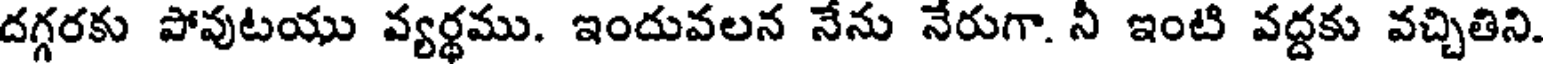
దగ్గరకు పోవుటయు వ్యర్థము. ఇందువలన నేను నేరుగా. నీ ఇంటి వద్దకు వచ్చితిని.